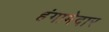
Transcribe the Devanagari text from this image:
हंगामेदार